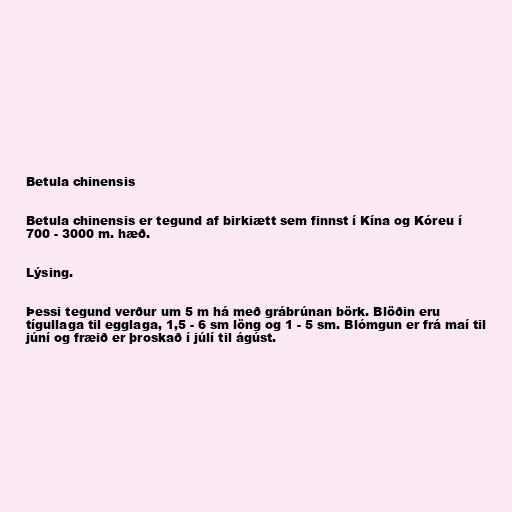
Betula chinensis

Betula chinensis er tegund af birkiætt sem finnst í Kína og Kóreu í
700 - 3000 m. hæð.

Lýsing.

Þessi tegund verður um 5 m há með grábrúnan börk. Blöðin eru
tígullaga til egglaga, 1,5 - 6 sm löng og 1 - 5 sm. Blómgun er frá maí til
júní og fræið er þroskað í júlí til ágúst.